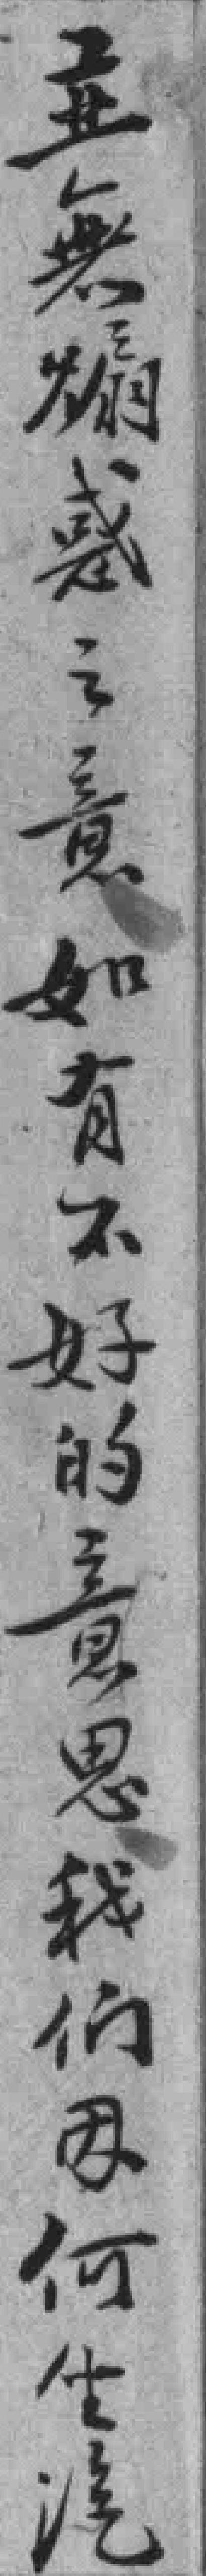
並無煽惑之意如有不好的意思我们因何坐